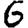
Digit: 6